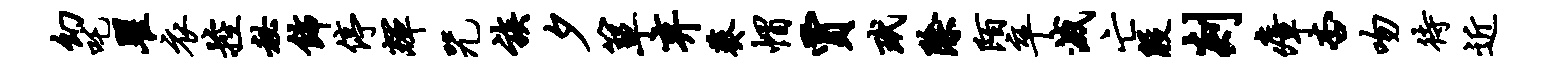
幻吒瞿衣控秘饰停辉咒族夕箪弃葵帽贾玳除陌卒灭亡殷剡瘴杏吻待近